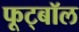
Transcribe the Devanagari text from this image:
फूट्बॉल